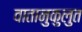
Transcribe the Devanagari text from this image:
वातानुकुलुत